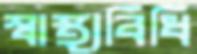
স্বাস্থ্যবিধি